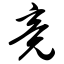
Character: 竟